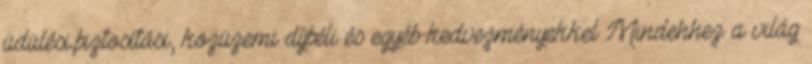
üdülési,biztosítási, közüzemi díjbéli és egyéb kedvezményekkel Mindehhez a világ